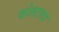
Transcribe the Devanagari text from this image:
कोस्टला